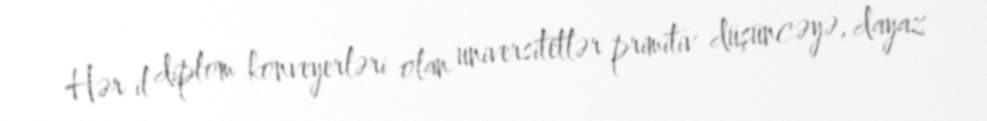
Hər il diplom konveyerləri olan universitetlər primitiv düşüncəyə, dayaz